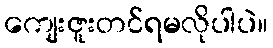
ကျေးဇူးတင်ရမလိုပါပဲ။